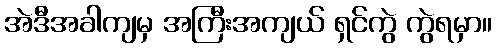
အဲဒီအခါကျမှ အကြီးအကျယ် ရှင်ကွဲ ကွဲရမှာ။